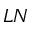
L N